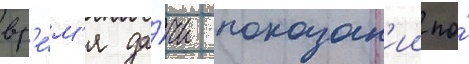
вр'е́м'я да́чи показан'ии по́